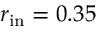
r _ { \mathrm { i n } } = 0 . 3 5